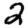
Digit: 2